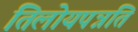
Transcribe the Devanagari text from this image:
तिलोयपन्नति